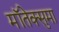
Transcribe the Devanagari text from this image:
मॉतेक्सुमा